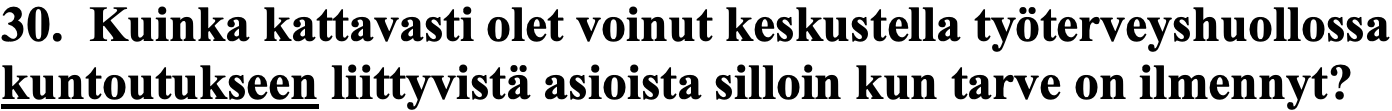
30. Kuinka kattavasti olet voinut keskustella työterveyshuollossa kuntoutukseen liittyvistä asioista silloin kun tarve on ilmennyt?